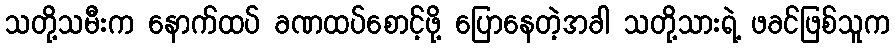
သတို့သမီးက နောက်ထပ် ခဏထပ်စောင့်ဖို့ ပြောနေတဲ့အခါ သတို့သားရဲ့ ဖခင်ဖြစ်သူက